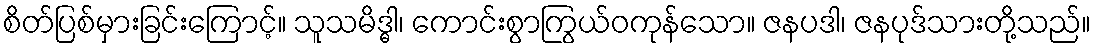
စိတ်ပြစ်မှားခြင်းကြောင့်။ သူသမိဒ္ဓါ၊ ကောင်းစွာကြွယ်ဝကုန်သော။ ဇနပဒါ၊ ဇနပုဒ်သားတို့သည်။